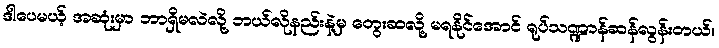
ဒါပေမယ့် အဆုံးမှာ ဘာရှိမလဲလို့ ဘယ်လိုနည်းနဲ့မှ တွေးဆလို့ မရနိုင်အောင် ရုပ်သဏ္ဍာန်ဆန်လွန်းတယ်။